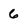
Character: 6